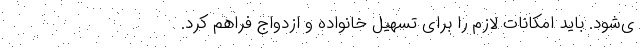
ی‌شود. باید امکانات لازم را برای تسهیل خانواده و ازدواج فراهم کرد.